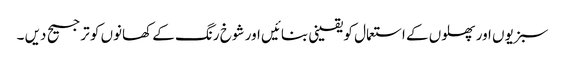
سبزیوں اور پھلوں کے استعمال کو یقینی بنائیں اور شوخ رنگ کے کھانوں کو ترجیح دیں ۔